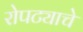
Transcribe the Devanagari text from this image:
रोपट्याचे